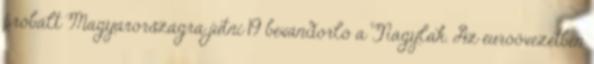
próbált Magyarországra jutni 19 bevándorló a Nagylak. Az euróövezetben